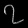
Digit: ၇